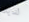
لديك